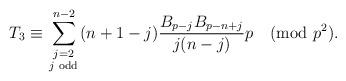
LaTeX: \begin{align*}T_{3}\equiv \sum\limits_{\begin{smallmatrix}j=2 \\ j \,\, \mathrm{odd}\end{smallmatrix}}^{n-2}(n+1-j)\frac{B_{p-j}B_{p-n+j}}{j(n-j)}p \pmod{p^2}.\end{align*}